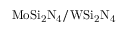
\mathrm { M o S i _ { 2 } N _ { 4 } / W S i _ { 2 } N _ { 4 } }